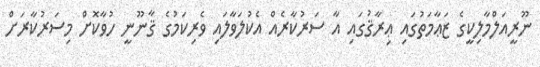
ނޫރީއަލްމާލިކީގެ ޒަޢާމަތުގައި ޢިރާޤުގައި އާ ސަރުކާރެއް އެކުލަވާލައި ވެރިކަމުގެ ޤާނޫނީ ހުވާކޮށް މިސަރުކާރަށް